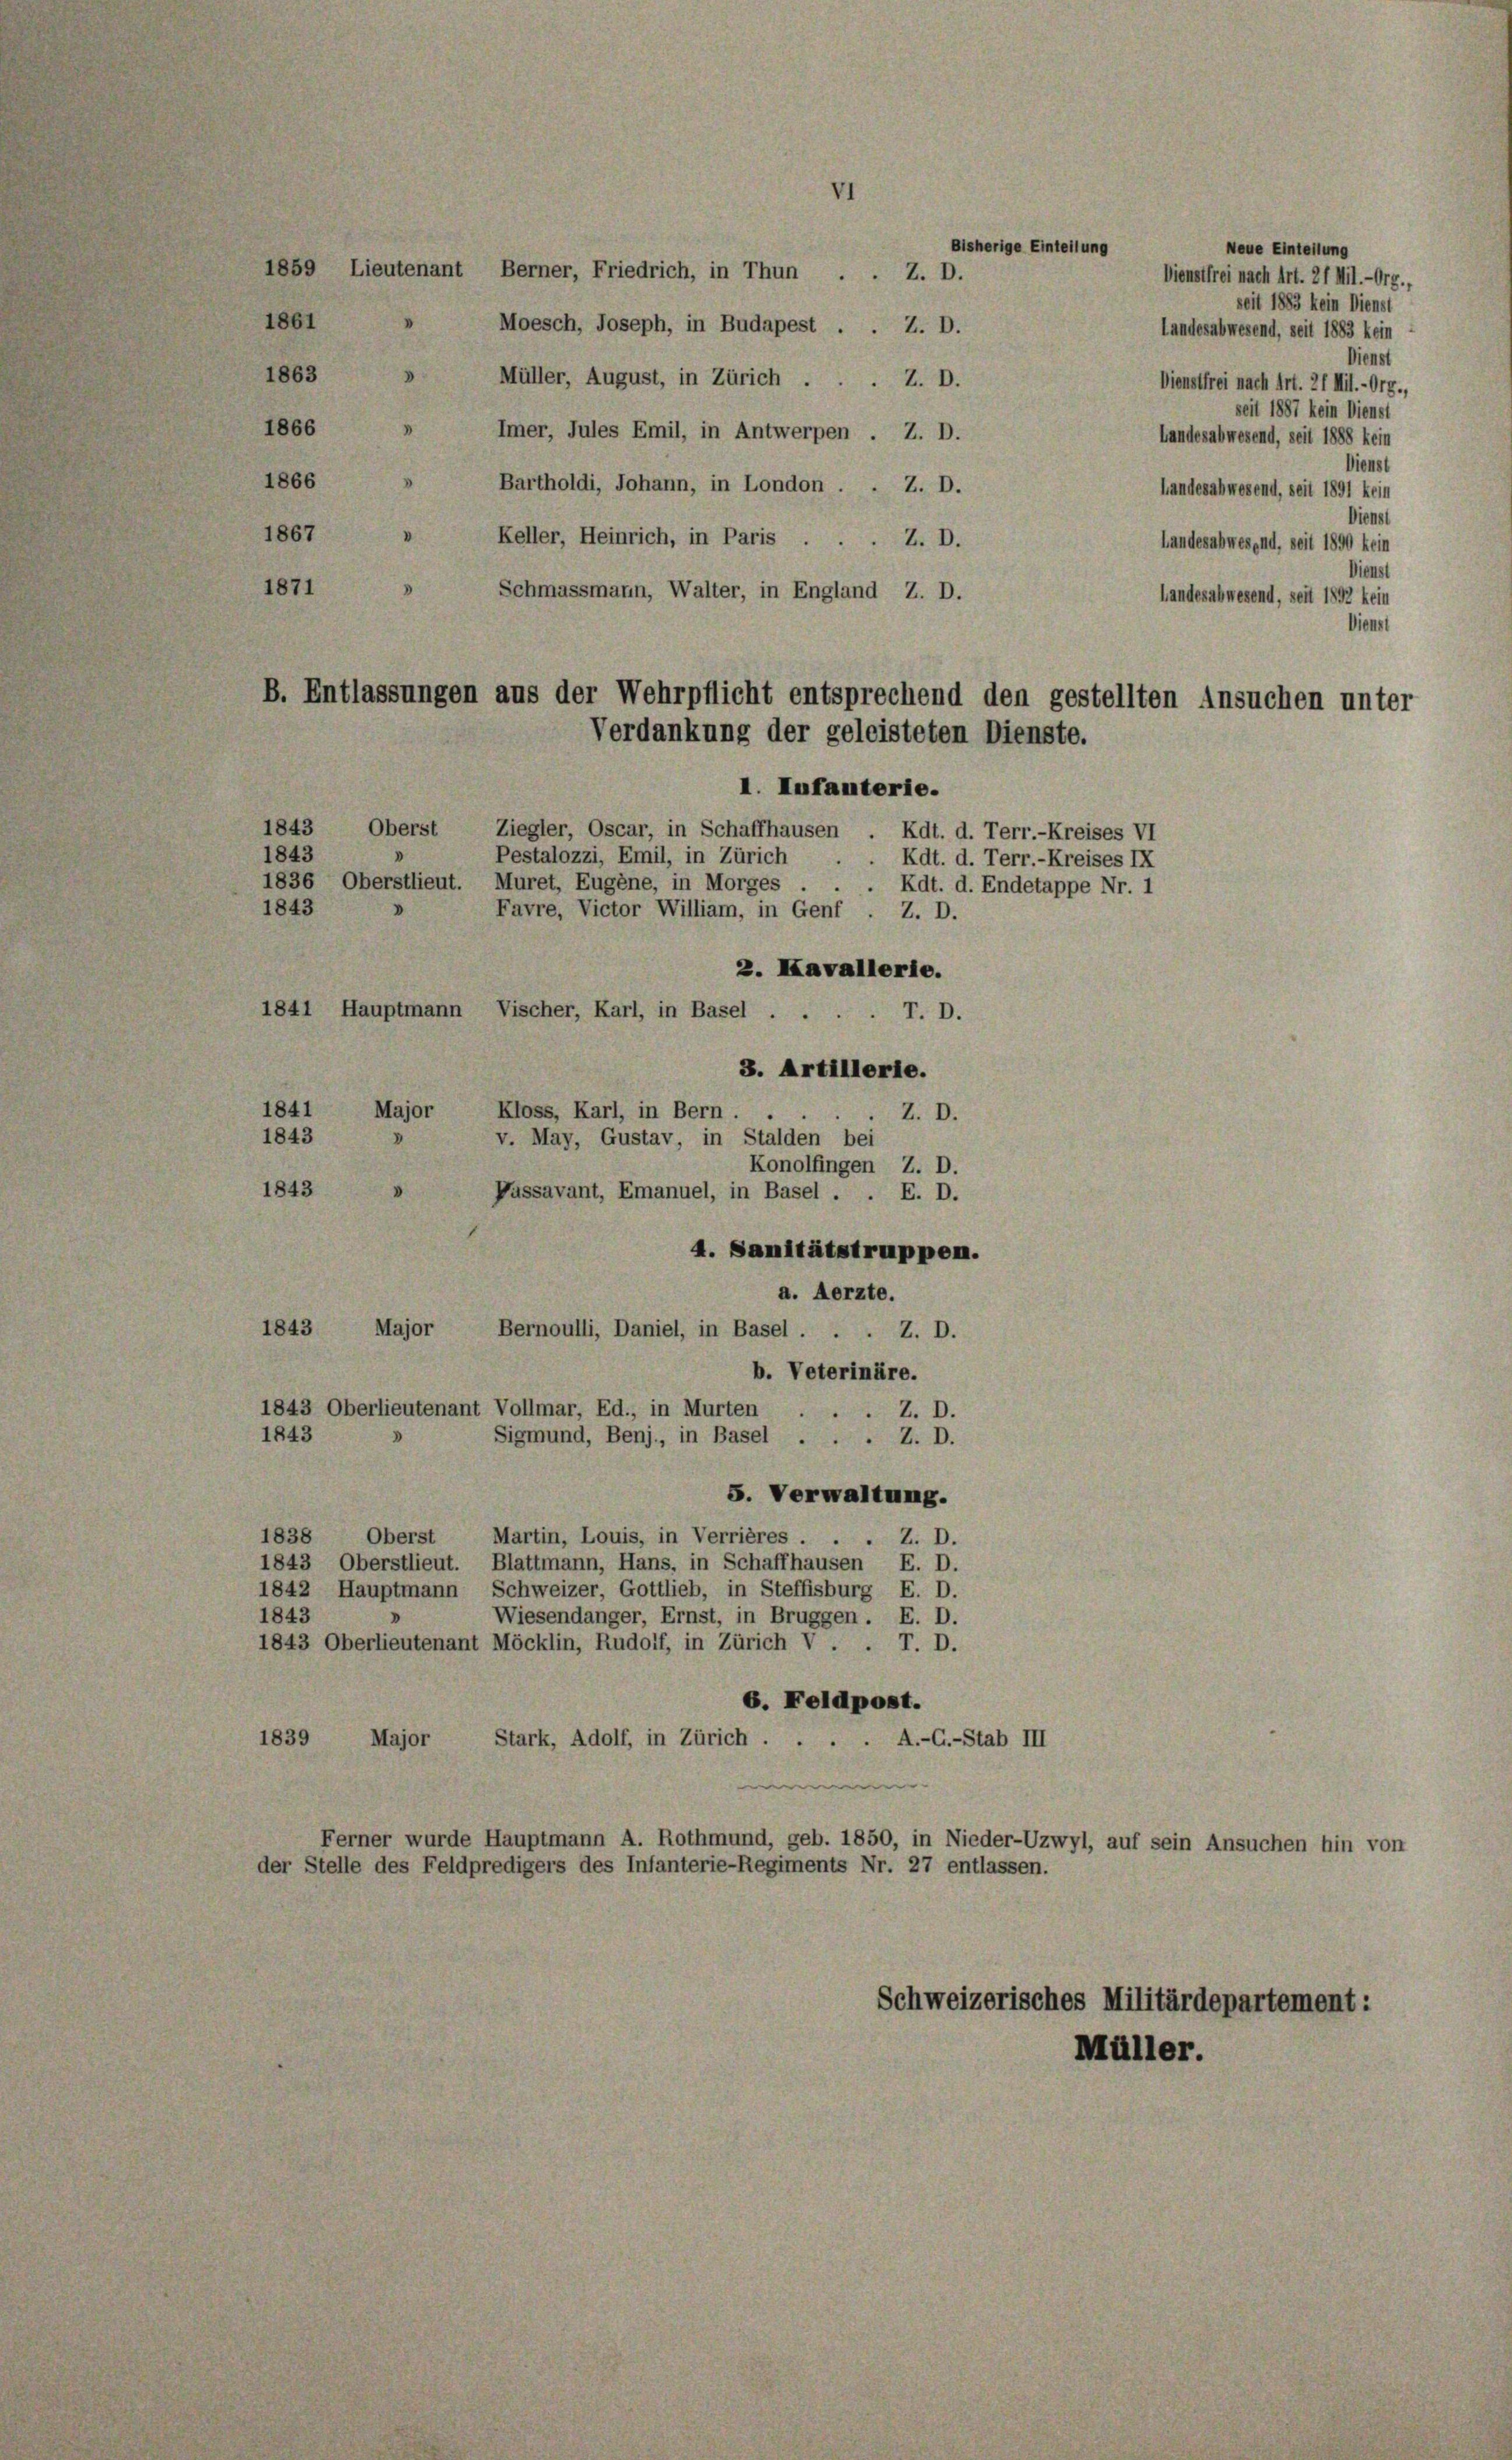
I.

18

I

18
18

861
863

6

Bis
Moesch, Joseph, in Budapest . . Z. D.
Müller, August, in Zürich . . . Z. D.
Imer, Jules Emil, in Antwerpen . Z. D.
Bartholdi, Johann, in London . . Z. D.
Keller, Heinrich, in Paris . . . Z. D.
Schmassmann, Walter, in England Z. D.
B. Entlassungen aus der Wehrpflicht entsprechend den gestellten Ansuchen unter
Verdankung der geleisteten Dienste.
I. Infanterie.
1843 Oberst Ziegler, Oscar, in Schaffhausen . Kdt. d. Terr.-Kreises VI
Pestalozzi, Emil, in Zürich

Bernoulli, Daniel, in Basel . . . Z. D.
1843 Oberlieutenant Vollmar, Ed., in Murten
Sigmund, Benj., in Basel . . . Z. D.

1859 Lieutenant Berner, Friedrich, in Thun . . Z. D.

1843
1836 Oberstlieut. Muret, Eugene, in Morges . . . Kdt. d. Endetappe Nr. 1
1843
Favre, Victor William, in Genf . Z. D.
2. Kavallerie.
1841 Hauptmann Vischer, Karl, in Basel . .
T. D.
3. Artillerie.
1841
Kloss, Karl, in Bern.
Major
Z. D.
1843
v. May, Gustav, in Stalden bei
Konolfingen Z. D.
1843
Passavant, Emanuel, in Basel . . E. D.

Kdt. d. Terr.-Kreises IX

4. Sanitätstruppen.
a. Aerzte.
1843 Major
b. Veterinäre.
Z. D.
1843
5. Verwaltung.
1838, Oberst Martin, Louis, in Verrières . . . Z. D.
1843 Oberstlieut. Blattmann, Hans, in Schaffhausen E. D.
1842 Hauptmann Schweizer, Gottlieb, in Steffisburg E. D.
1843
Wiesendanger, Ernst, in Bruggen. E. D.
1843 Oberlieutenant Möcklin, Rudolf, in Zürich V . . T. D.
6. Feldpost.
1839
Major
Stark, Adolf, in Zürich . . . . A.-G.-Stab III
e
Ferner wurde Hauptmann A. Rothmund, geb. 1850, in Nieder-Uzwyl, auf sein Ansuchen hin von
der Stelle des Feldpredigers des Infanterie-Regiments Nr. 27 entlassen.

Schweizerisches Militärdepartement:
Müller.

Dienst
Dienst
Landesabwesend, seit 1890 kein
Dienst
Landesabwesend, seit 1892 kein
Dienst

Neue Eintellung
Dienstfrei nach Art. 21 Mil.-Org.,
seit 1883 kein Dienst
Landesabwesend, seit 1883 kein
Dienst
Dienstfrei nach Art. 21 Mi.-Org.,
seit 1887 kein Dienst

Landesabwesend, seit 1888 kein
landesabwesend, seit 1891 kein